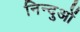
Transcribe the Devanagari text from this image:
निन्दुओं